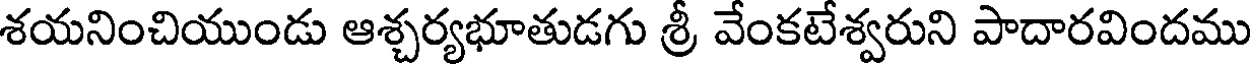
శయనించియుండు ఆశ్చర్యభూతుడగు శ్రీ వేంకటేశ్వరుని పాదారవిందము